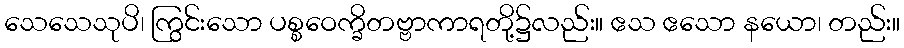
သေသေသုပိ၊ ကြွင်းသော ပစ္စဝေက္ခိတဗ္ဗာကာရတို့၌လည်း။ ဧသ ဧသော နယော၊ တည်း။